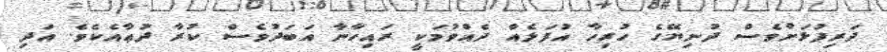
ދަރިފުޅަށްވެސް ދުނިޔޭގެ ހުރިހާ އުފަލެއް ދެއްވުމަކީ ރައިހާނާ އަބަދުވެސް ކުރާ ދުޢާއެކެވެ. އަދި